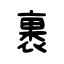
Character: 裹